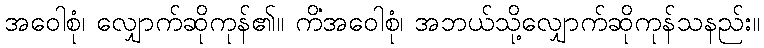
အဝေါစုံ၊ လျှောက်ဆိုကုန်၏။ ကိံအဝေါစုံ၊ အဘယ်သို့လျှောက်ဆိုကုန်သနည်း။